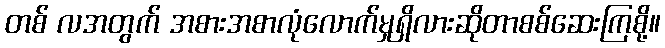
တစ် လအတွက် အစားအစာလုံလောက်မှုရှိလားဆိုတာစစ်ဆေးကြစို့။